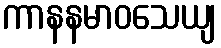
ကာနနမာဝသေယျ